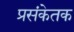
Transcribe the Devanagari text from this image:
प्रसंकेतक